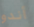
أندو